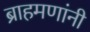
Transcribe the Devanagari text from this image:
ब्राहमणांनी